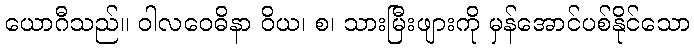
ယောဂီသည်။ ဝါလဝေဓိနာ ဝိယ၊ စ၊ သားမြီးဖျားကို မှန်အောင်ပစ်နိုင်သော